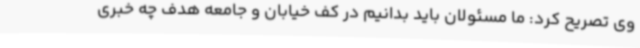
وی تصریح کرد: ما مسئولان باید بدانیم در کف خیابان و جامعه هدف چه خبری